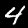
Digit: 4